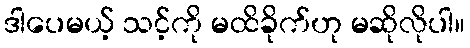
ဒါပေမယ့် သင့်ကို မထိခိုက်ဟု မဆိုလိုပါ။